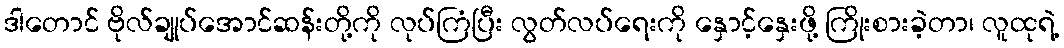
ဒါတောင် ဗိုလ်ချုပ်အောင်ဆန်းတို့ကို လုပ်ကြံပြီး လွတ်လပ်ရေးကို နှောင့်နှေးဖို့ ကြိုးစားခဲ့တာ၊ လူထုရဲ့